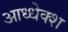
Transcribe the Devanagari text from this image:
आध्धेक्श